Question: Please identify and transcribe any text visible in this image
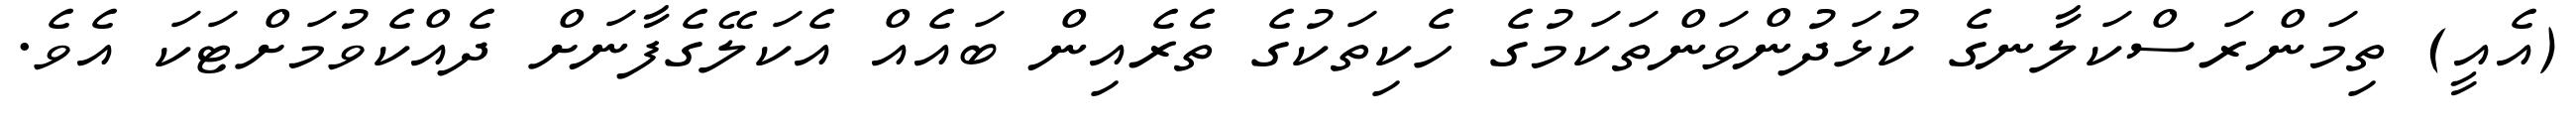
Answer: (އެއީ) ތިމަންރަސްކަލާނގެ ކުޅަދުންވަންތަކަމުގެ ހެކިތަކުގެ ތެރެއިން ބައެއް އެކަލޭގެފާނަށް ދެއްކެވުމަށްޓަކަ އެވެ.